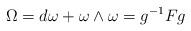
LaTeX: \begin{align*}\Omega =d\omega +\omega \wedge \omega =g^{-1} Fg\end{align*}